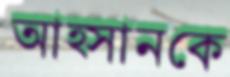
আহ্সানকে